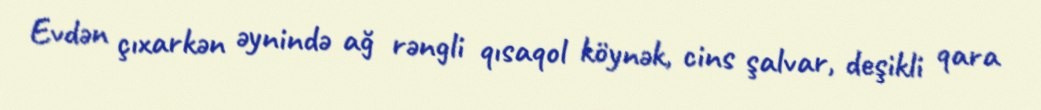
Evdən çıxarkən əynində ağ rəngli qısaqol köynək, cins şalvar, deşikli qara